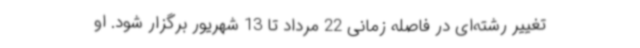
تغییر رشته‌ای در فاصله زمانی 22 مرداد تا 13 شهریور برگزار شود. او